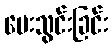
ပေးသွင်းခြင်း